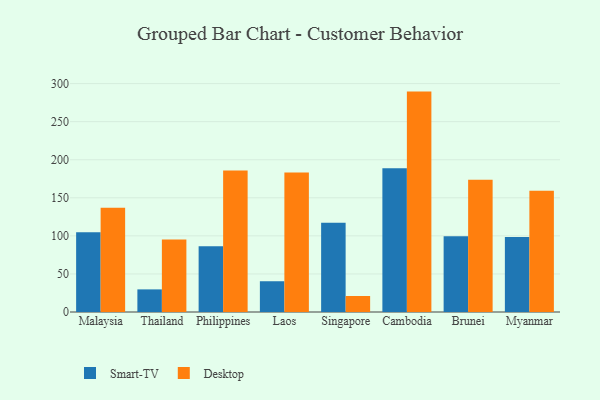
{"axis": {"x": "Country", "y": "Temperature (°C)"}, "legend": ["Desktop", "Smart-TV"], "data": [{"x": "Malaysia", "y": 104.7, "type": "Smart-TV"}, {"x": "Malaysia", "y": 137.0, "type": "Desktop"}, {"x": "Thailand", "y": 29.7, "type": "Smart-TV"}, {"x": "Thailand", "y": 95.1, "type": "Desktop"}, {"x": "Philippines", "y": 86.2, "type": "Smart-TV"}, {"x": "Philippines", "y": 185.8, "type": "Desktop"}, {"x": "Laos", "y": 40.4, "type": "Smart-TV"}, {"x": "Laos", "y": 183.3, "type": "Desktop"}, {"x": "Singapore", "y": 117.1, "type": "Smart-TV"}, {"x": "Singapore", "y": 21.0, "type": "Desktop"}, {"x": "Cambodia", "y": 188.7, "type": "Smart-TV"}, {"x": "Cambodia", "y": 289.5, "type": "Desktop"}, {"x": "Brunei", "y": 99.5, "type": "Smart-TV"}, {"x": "Brunei", "y": 173.8, "type": "Desktop"}, {"x": "Myanmar", "y": 98.5, "type": "Smart-TV"}, {"x": "Myanmar", "y": 159.3, "type": "Desktop"}]}